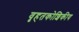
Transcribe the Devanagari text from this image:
वृहतकोशिकीय